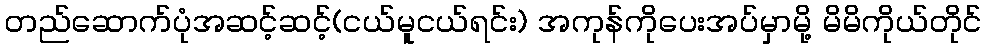
တည်ဆောက်ပုံအဆင့်ဆင့်(ငယ်မူငယ်ရင်း) အကုန်ကိုပေးအပ်မှာမို့ မိမိကိုယ်တိုင်